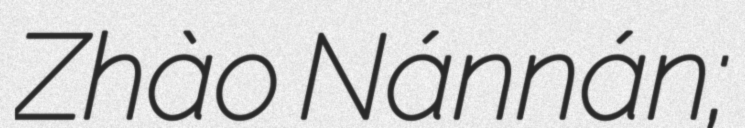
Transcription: Zhào Nánnán;